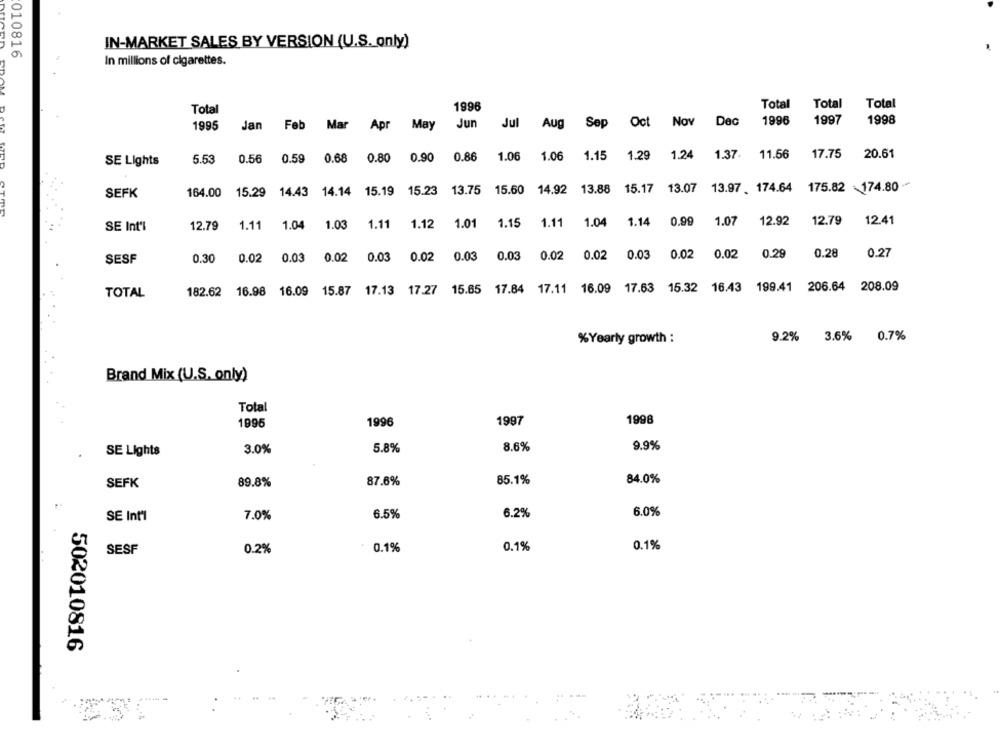
IN-MARKET SALES BY VERSION (U.S. only)
010816
In millions of cigarettes.
1996
Total
Total
Total
Total
Dec 1996
1997
1998
1995
Jan Feb Mar
Apr May
Jun
Jul
Aug
Sep
Oct Nov
0.68
0.90
0.86
1.06
1.06
1.15
1.29 1.24
1.37.
11.56
17.75
20.61
SE Lights
5.53
0.56
0.59
0.80
15.17
175.82 174.80
SEFK
164.00
15.29
14.43 14.14
15.19
15.23 13.75 15.60
14.92 13.88
13.07
13.97 . 174.64
1.11
1.04
1.03
1.11
1.12
1.01
1.15
1.11
1.04
1.14
0.99
1.07
12.92
12.79
12.41
SE Int'l
12.79
0.03
0.03
0.02
0.02
0.03
0.02
0.02
0.29
0.28
0.27
SESF
0.30
0.02
0.03
0.02
0.03
0.02
TOTAL
182.62
16.98 16.09 15.87 17.13 17.27 15.65 17.84
17.11
16.09 17.63
15.32 16.43 199.41 206.64 208.09
9.2%
3.6%
0.7%
%Yearly growth :
Brand Mix (U.S. only)
Total
1997
1998
1995
1996
3.0%
5.8%
8.6%
9.9%
SE Lights
85.1%
84.0%
SEFK
89.8%
87.6%
SE Int'l
7.0%
6.5%
6.2%
6.0%
0.1%
0.1%
0.1%
SESF
0.2%
502010816